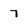
Character: 7